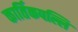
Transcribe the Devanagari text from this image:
कार्तिकपल्लि